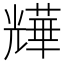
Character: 㒯